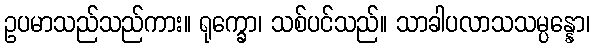
ဥပမာသည်သည်ကား။ ရုက္ခော၊ သစ်ပင်သည်။ သာခါပလာသသမ္ပန္နော၊